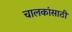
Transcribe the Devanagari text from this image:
चालकांसाठी